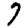
Digit: 7